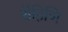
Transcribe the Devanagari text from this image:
रोहिणि